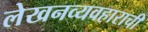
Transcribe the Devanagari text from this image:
लेखनव्यवहाराची